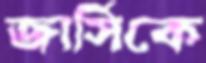
জার্সিকে